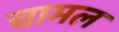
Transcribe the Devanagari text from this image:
चामल